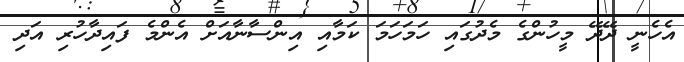
އެހެނީ ދޭދޭ މީހުންގެ މެދުގައި ހަމަހަމަ ކަމާއި އިންސާނާއަށް އެންމެ ފައިދާހުރި އަދި